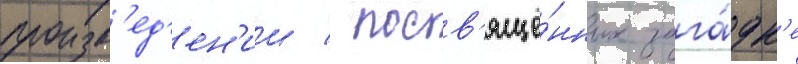
произв'ед'ен'ии / посв'ящё́нных зага́дк'е